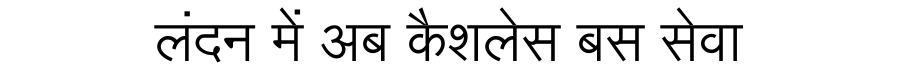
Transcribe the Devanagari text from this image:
लंदन में अब कैशलेस बस सेवा